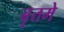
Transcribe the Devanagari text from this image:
बृत्तमे